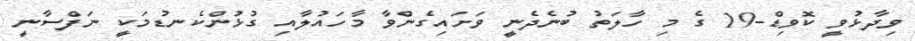
ވިދާޅުވީ ކޮވިޑް-19 ގެ މި ހާލަތު ބުނެދެނީ ވަށައިގެންވާ މާހައުލާއި ގުޅުންކެނޑުމަކީ ނަފްސާނީ